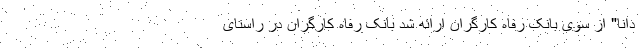
دانا" از سوی بانک رفاه کارگران ارائه شد بانک رفاه کارگران در راستای